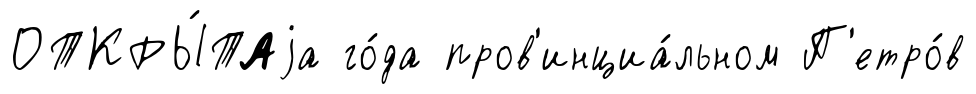
ОТКРЫ́ТАjа го́да пров'инциа́льном П'етро́в